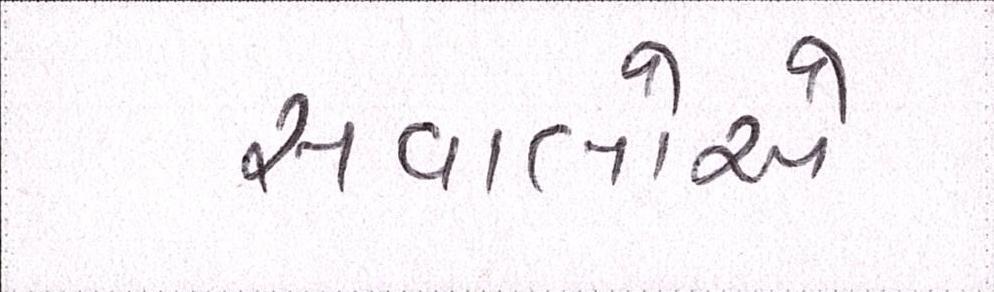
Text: સવાલોએ